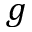
g